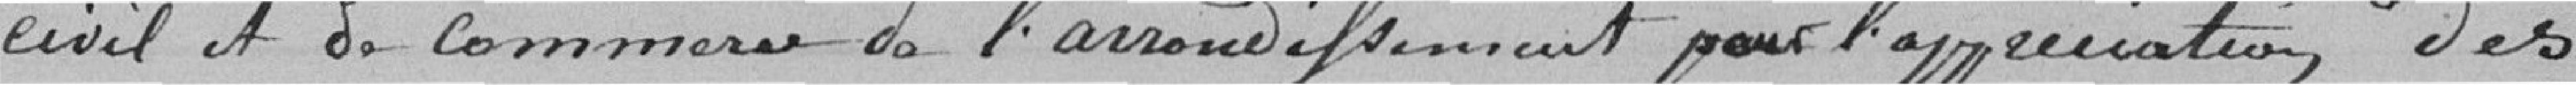
civil et de commerce de l'arrondissement pour l'appréciation des